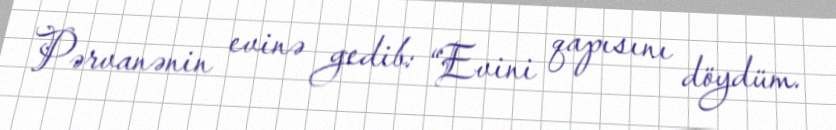
Pərvanənin evinə gedib: “Evini qapısını döydüm.